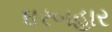
ઘરબહાર